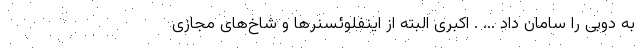
به دوبی را سامان داد ... . اکبری البته از اینفلوئسنرها و شاخ‌های مجازی